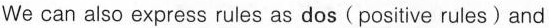
We can also express rules as dos(positive rules)and